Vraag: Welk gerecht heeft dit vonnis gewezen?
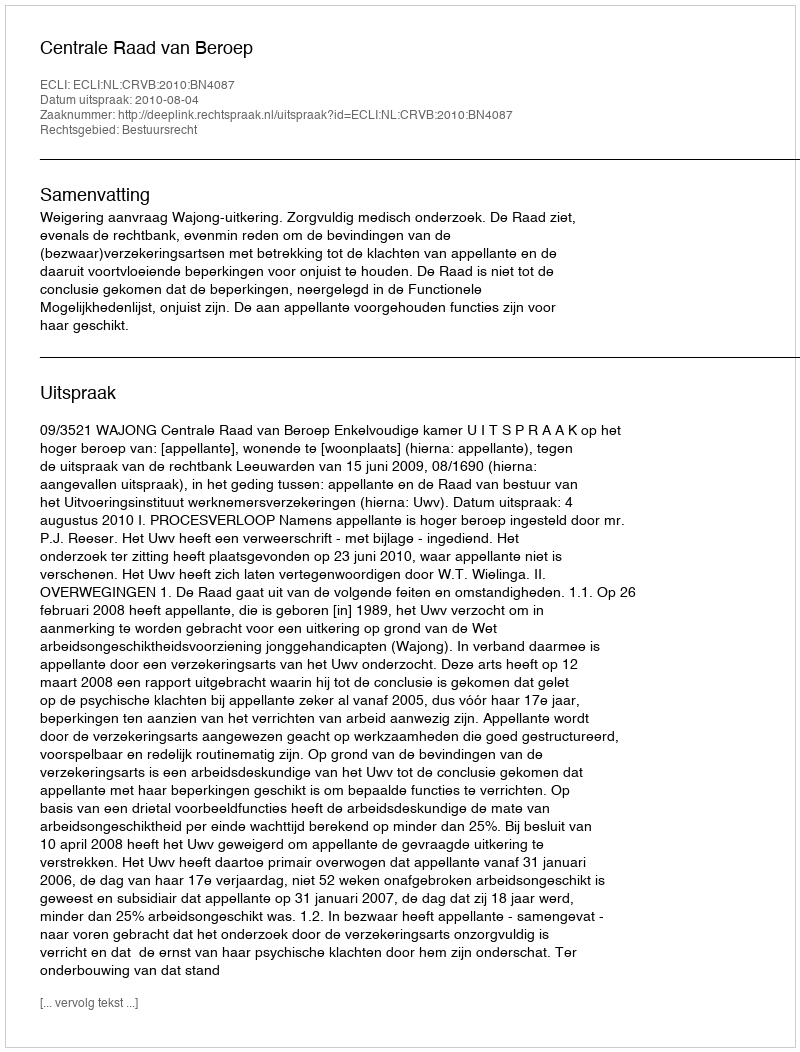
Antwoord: Centrale Raad van Beroep